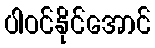
ပါဝင်နိုင်အောင်